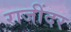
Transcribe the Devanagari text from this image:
राजींदर